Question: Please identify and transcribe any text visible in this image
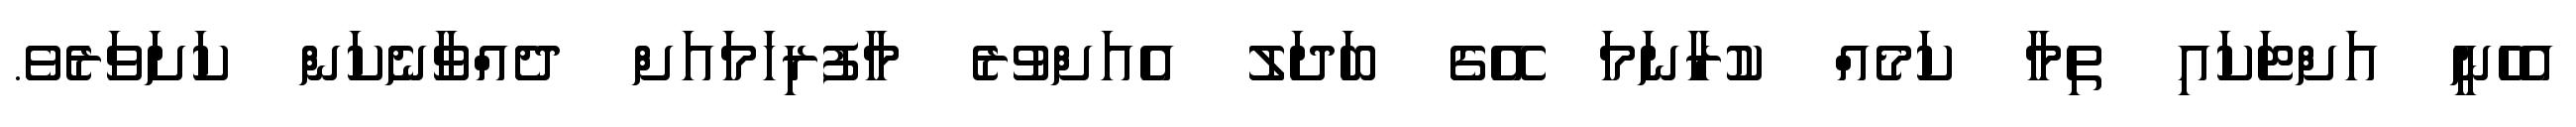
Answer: އެހެނީ އަށްޓަކައި ތިމާ ކަމެއް ކުރާނަމަ އޭގެ ބަދަލު އެއަށްވުރެ މާފުރިހަމައަށް ދެއްވާނެކަން ކަށަވަރެވެ.